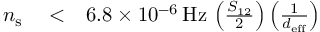
\begin{array} { r l r } { n _ { \mathrm { s } } } & { { } < } & { 6 . 8 \times 1 0 ^ { - 6 } \, \mathrm { H z } \, \left( \frac { S _ { 1 2 } } { 2 } \right) \left( \frac { 1 } { d _ { \mathrm { e f f } } } \right) } \end{array}